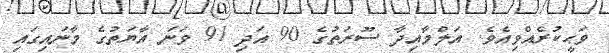
ވަޙީކުރެއްވިއެވެ. އަލްމާއިދާ ސޫރަތުގެ 90 އަދި 91 ވަނަ އާޔަތުގެ މާނައިގައި